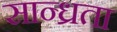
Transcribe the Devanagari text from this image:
सान्ध्रता